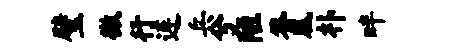
璧微行连兵兮陋答凰朴畔